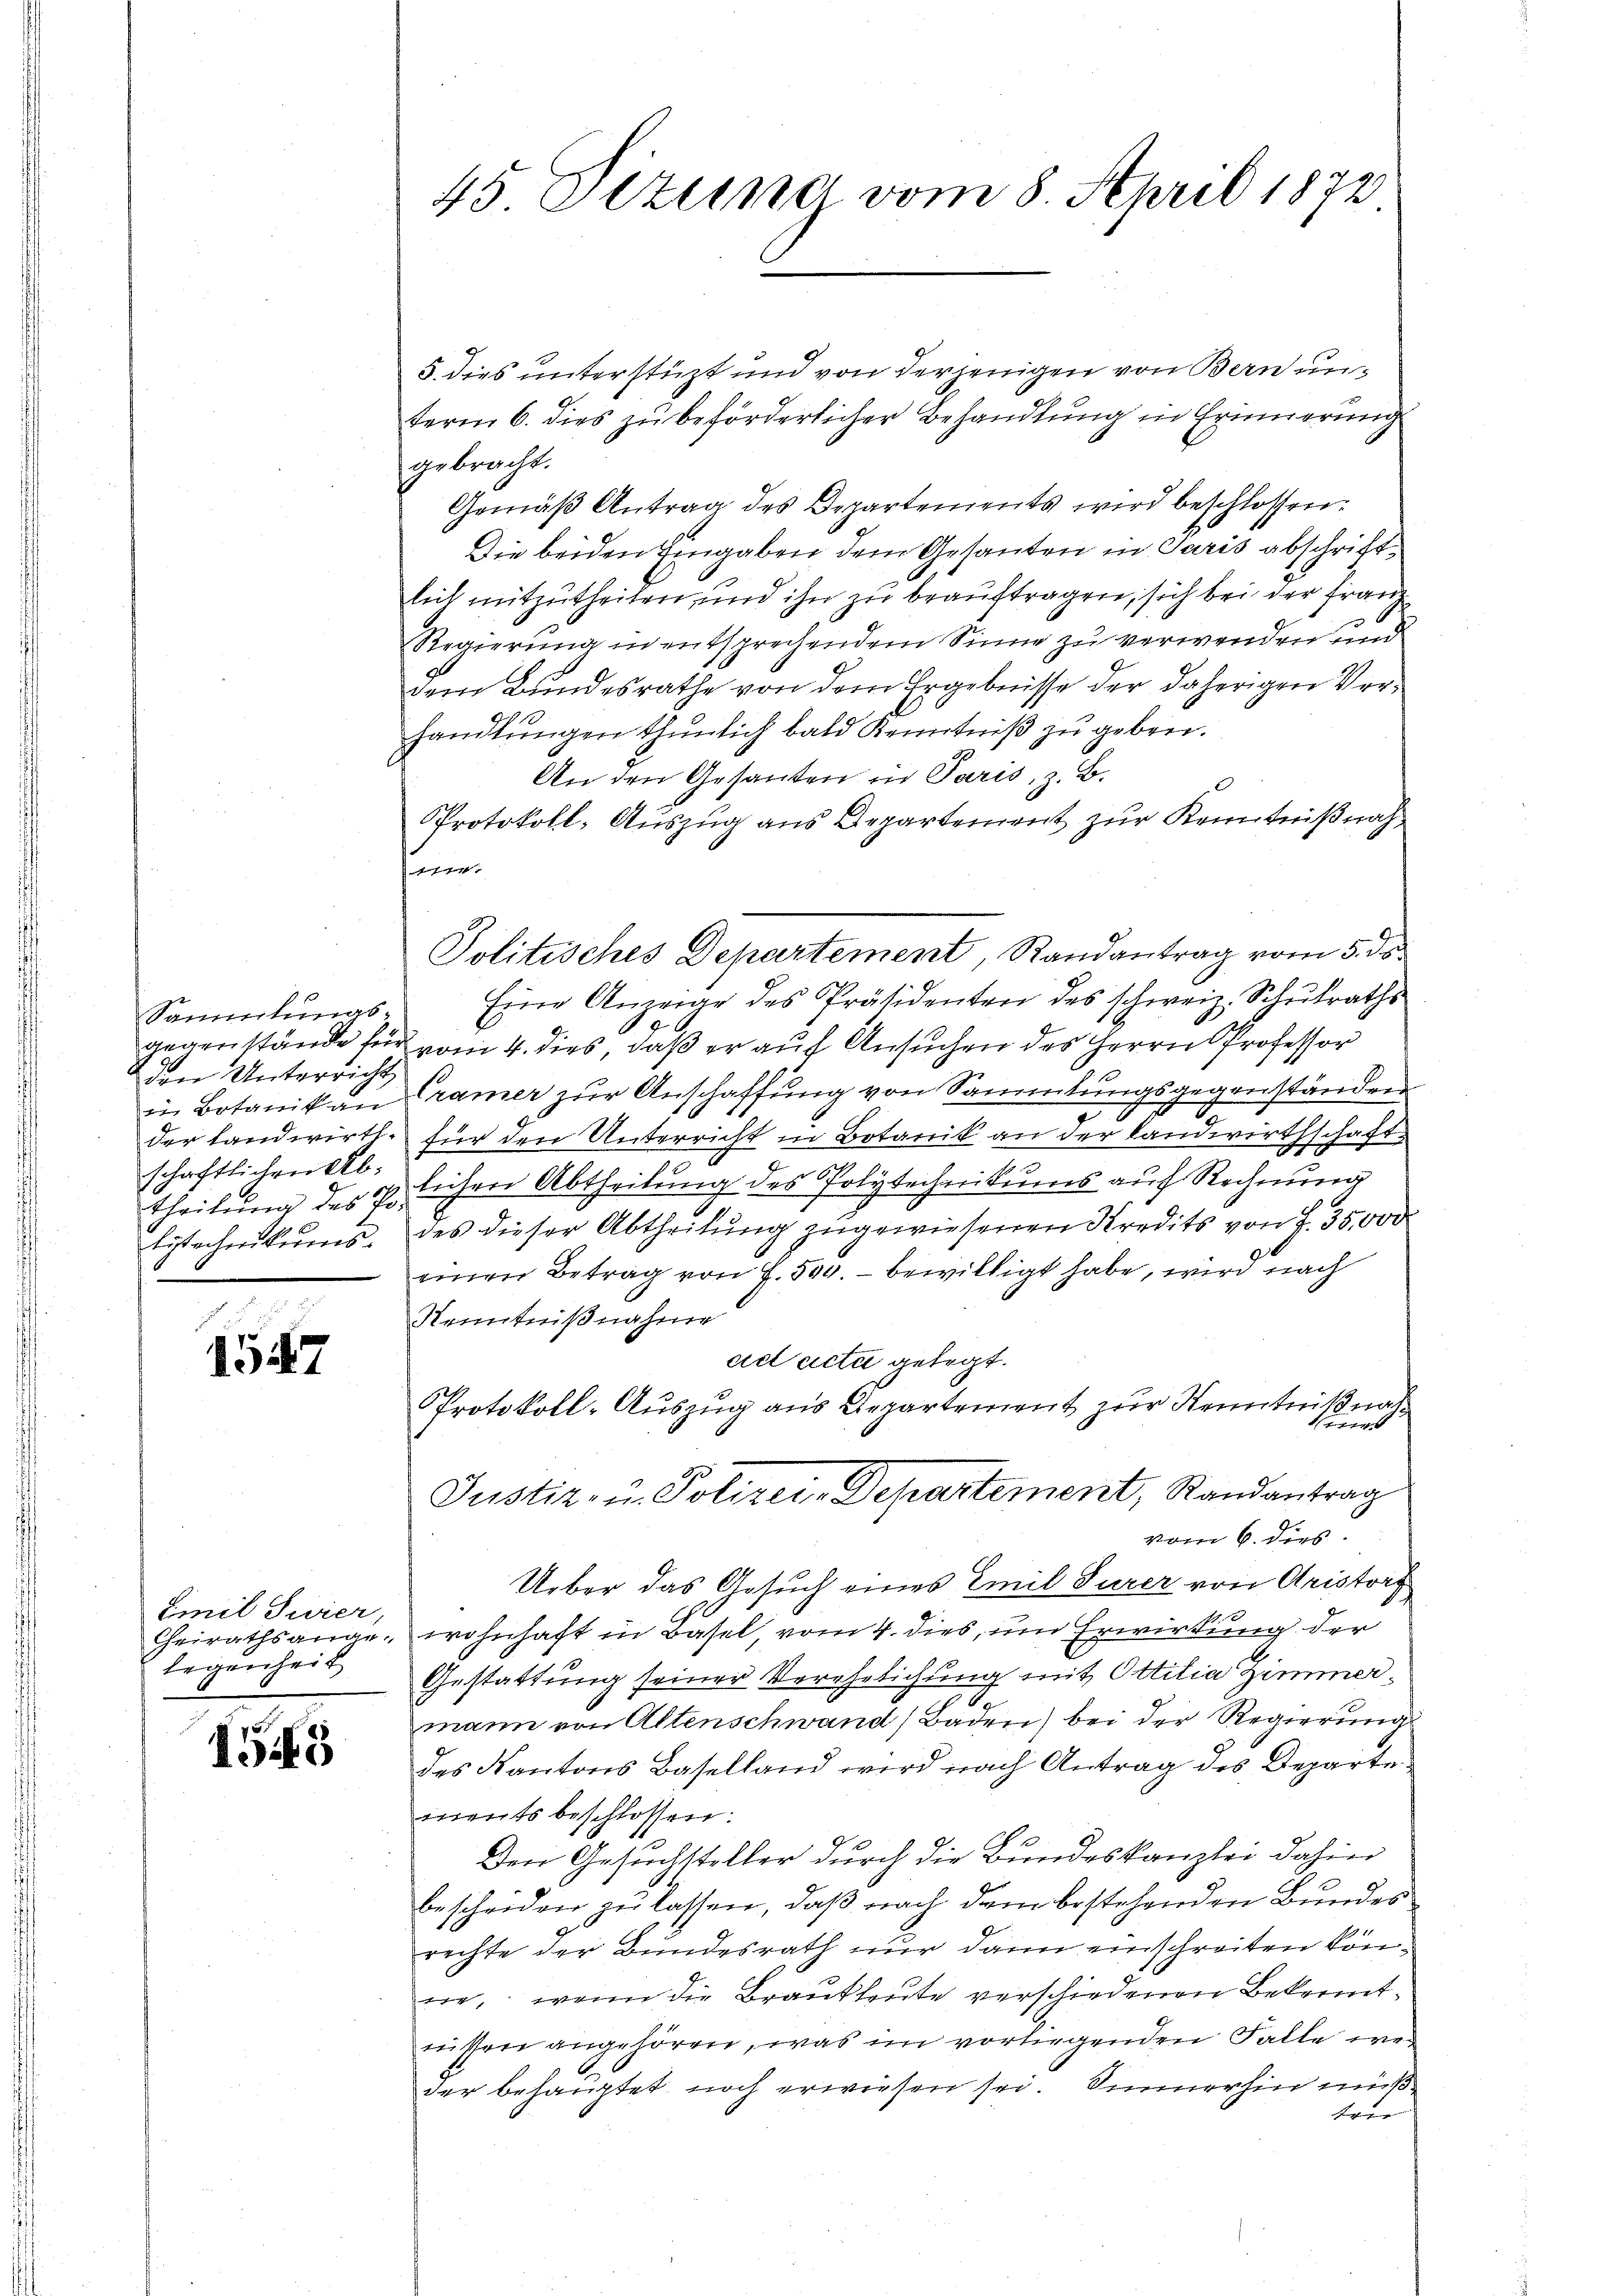
Sammlungsden Unterricht,
n Botanik an
schaftlichen Ablytechnikums-

447

Emil Jurer,
legenheit

155

45. Etzung vom 8. April 1872

5. dies unterstüzt und von derjenigen von Bern unterm 6. dies zu beförderlicher Behandlung in Erinnerung
gebracht.
Gemäß Antrag des Departements wird beschlossen:
Die beiden Eingaben dem Gesanten in Paris abschriftlich mitzutheilen, und ihn zu beauftragen, sich bei der Franz
Regierung in entsprechendem Sinne zu verwenden und
dem Bundesrathe von dem Ergebnisse der daherigen Verhandlŭngen thunlich bald Kenntniß zu geben.
An den Gesanten in Paris, z. B.
Protokoll- Auszug aus Departement zur Kenntnißnahgegenstände für vom 4. dies, daβ er aŭf Ansŭchen des Herrn Professor
Cramer zur Anschaffung von Sammlungsgegenständen
der Landwirth für den Unterricht in Botanik an der Landwirthschaft
theilŭng des polichen Abtheilung des Polytechnikums auf Rechnung
des dieser Abtheilung zugewiesenen Kredits von J. 35,000
einen Betrag von 7. 500. – bewilligt habe, wird nach
Kenntnißnahme
ad acta gelegt.
Protokoll-Auszug aus Departement zur Kenntnißnah¬

Justiz- u. Polizei-Departement, Randantrag
vom 6. dies
Ueber das Gesuch eines Emil Turer von Aristorf
Cheirathsange, wohnhaft in Basel, vom 4. dies, um Erwirkung der
Gestattung seiner Verehelichung mit Ottilia Zimmerd
mann von Altenschwand Baden) bei der Regierung
des Kantons Baselland wird nach Antrag des Departe
mnents beschlossen:
Den Gesuchsteller durch die Bundeskanzlei dahin
bescheiden zu lassen, daß nach dem bestehenden Bundes
rechte der Bundesrath nur dann einschreiten könwe, wenn die Brautleute verschiedenen Bekenntniten angehören, was im vorliegenden Falle weder behauptet noch erwiesen sei. Sinnerhin muß
trer

fast |
Politisches Departement, Randantrag vom 5. ds.
Eine Anzeige des Präsidenten des schweiz. Schulraths